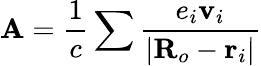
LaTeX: \textbf{A}=\frac{1}{c}\sum\frac{e_{i}\textbf{v}_{i}}{|\textbf{R}_{o}-\textbf{r}_{i}|}